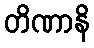
တိဏာနိ